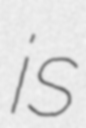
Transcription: is